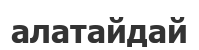
алатайдай